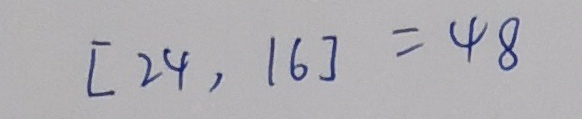
[ 2 4 , 1 6 ] = 4 8